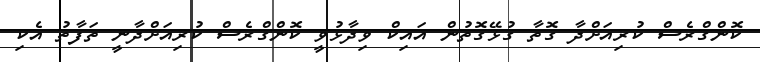
ކޮންގްރެސް ކުރިއަށްދާ ގޮތާ ގުޅޭގޮތުން އައިކް ވިދާޅުވީ ކޮންގްރެސް ކުރިއަށްދާނީ ތަފާތު އެކި